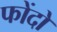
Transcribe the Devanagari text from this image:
फोंदो